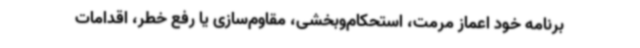
برنامه خود اعماز مرمت، استحکام‌وبخشی، مقاوم‌سازی یا رفع‌ خطر، اقدامات